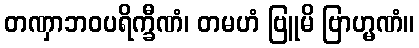
တဏှာဘဝပရိက္ခီဏံ၊ တမဟံ ဗြူမိ ဗြာဟ္မဏံ။